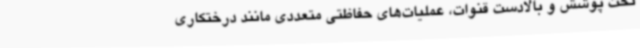
تحت پوشش و بالادست قنوات، عملیات‌های حفاظتی متعددی مانند درختکاری